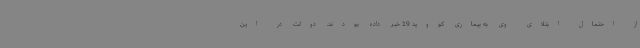
از احتمال ابتلای وی به بیماری کووید 19 خبر داده بودند. دولت در این